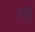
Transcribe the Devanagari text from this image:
उसु